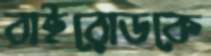
বাইরোডকে